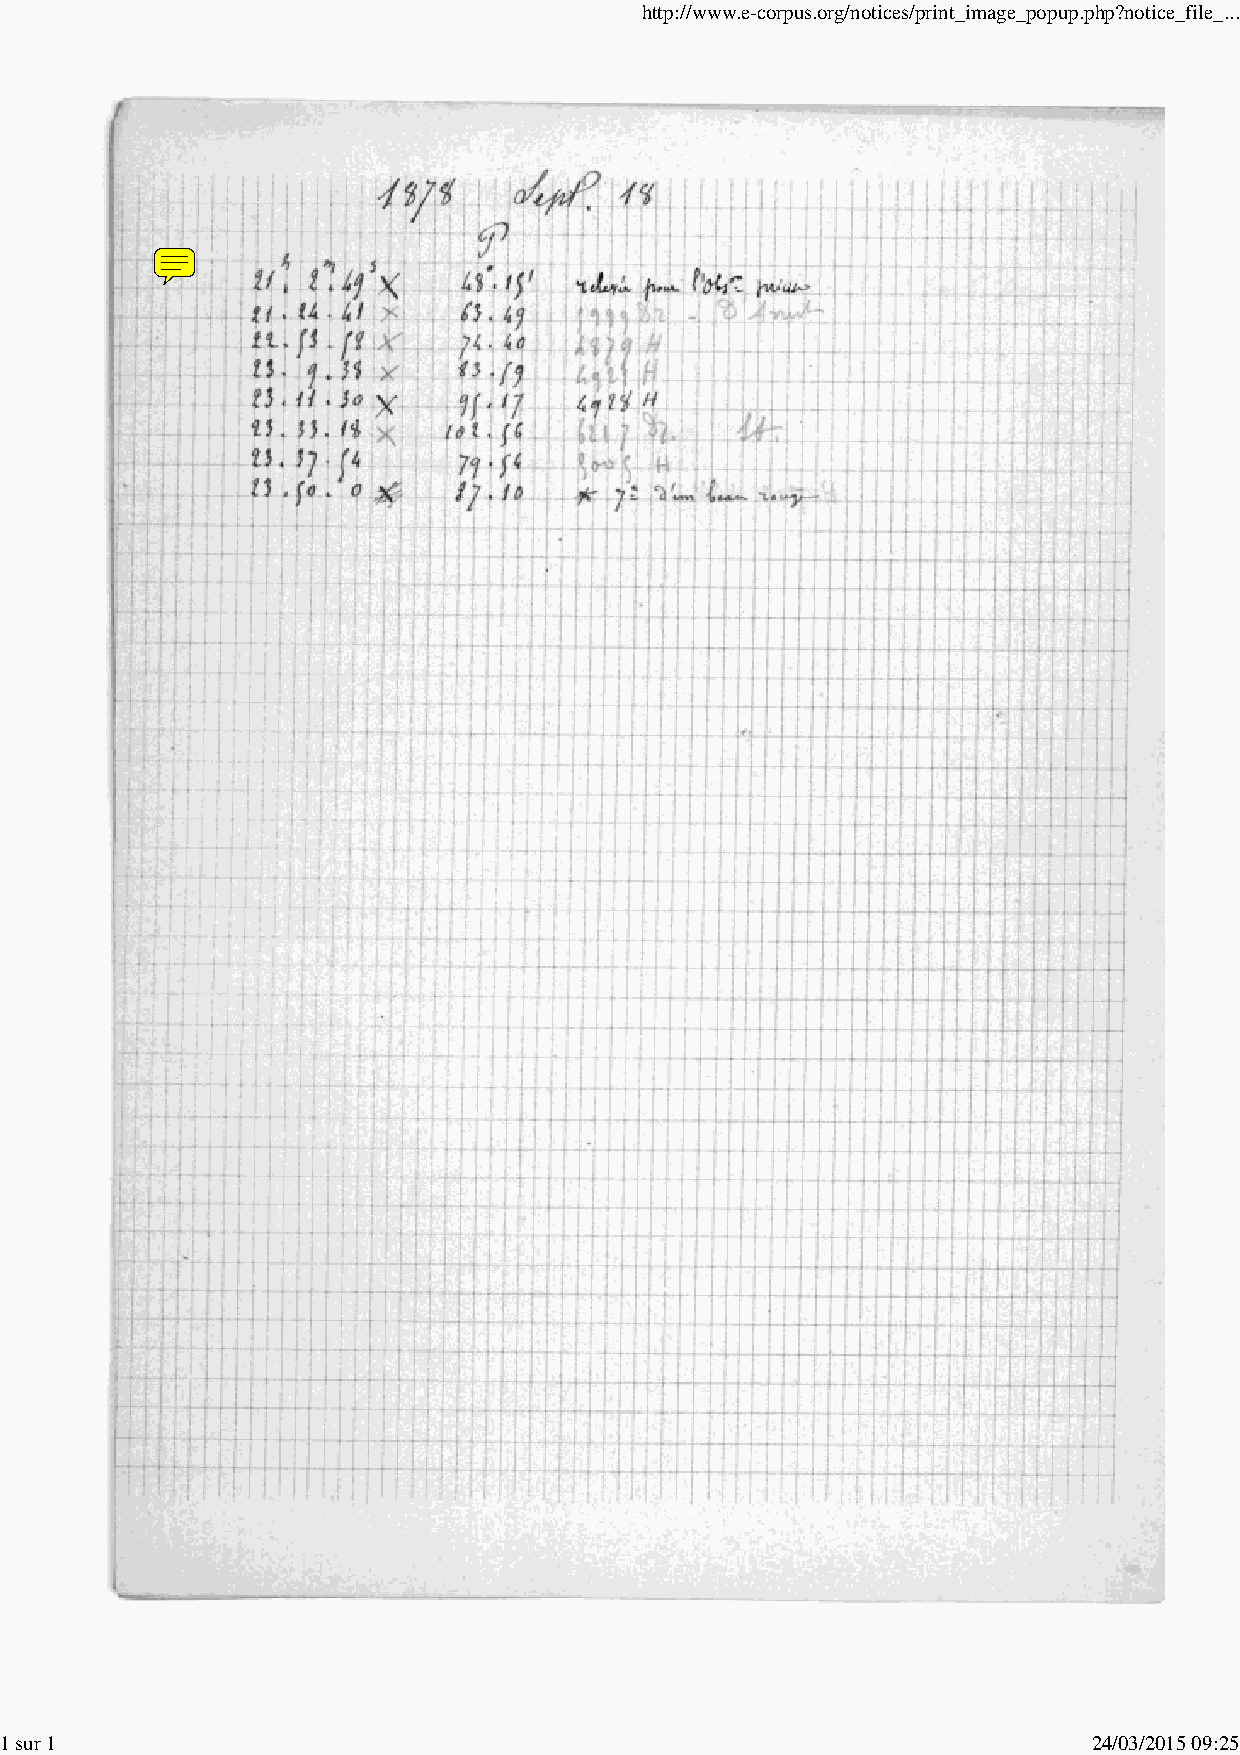
http://www.e-corpus.org/notices/print_image_popup.php?notice_file_...
 1 sur 1                                                                 24/03/2015 09:25